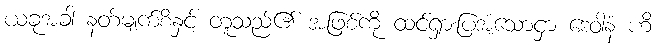
ယခုအခါ နတ်မျက်စိနှင့် တူသည်၏ အဖြစ်ကို ထင်ရှားပြအံ့သောငှာ ဒေဝါနံ ဟိ